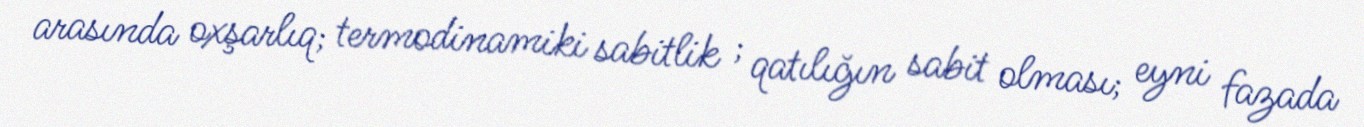
arasında oxşarlıq; termodinamiki sabitlik ; qatılığın sabit olması; eyni fazada